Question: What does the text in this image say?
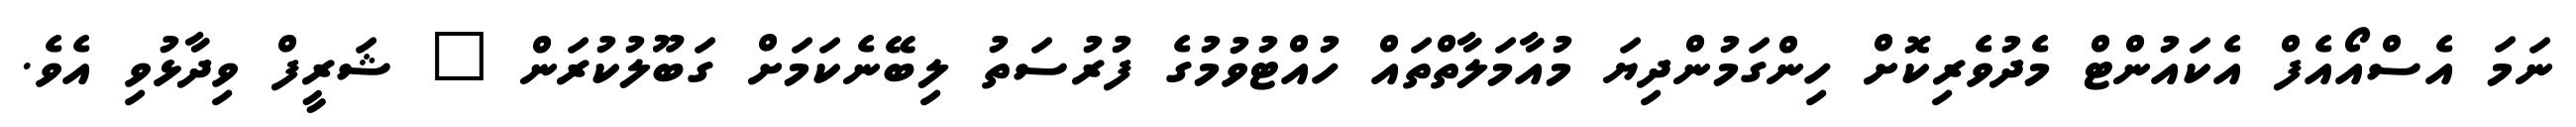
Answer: ނަމަ އެސްއޯއެފް އެކައުންޓް މެދުވެރިކޮށް ހިންގަމުންދިޔަ މުއާމަލާތްތައް ހުއްޓުވުމުގެ ފުރުސަތު ލިބޭނެކަމަށް ގަބޫލުކުރަން " ޝަރީފް ވިދާޅުވި އެވެ.